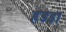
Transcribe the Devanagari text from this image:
हडडा